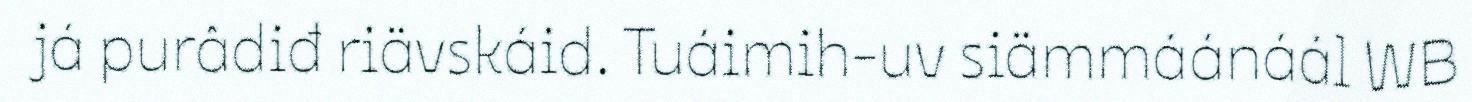
já purâdiđ riävskáid. Tuáimih-uv siämmáánáál WB